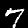
Label: 7